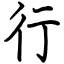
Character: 行